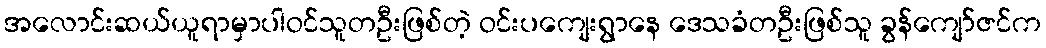
အလောင်းဆယ်ယူရာမှာပါဝင်သူတဦးဖြစ်တဲ့ ဝင်းပကျေးရွာနေ ဒေသခံတဦးဖြစ်သူ ခွန်ကျော်ဇင်က